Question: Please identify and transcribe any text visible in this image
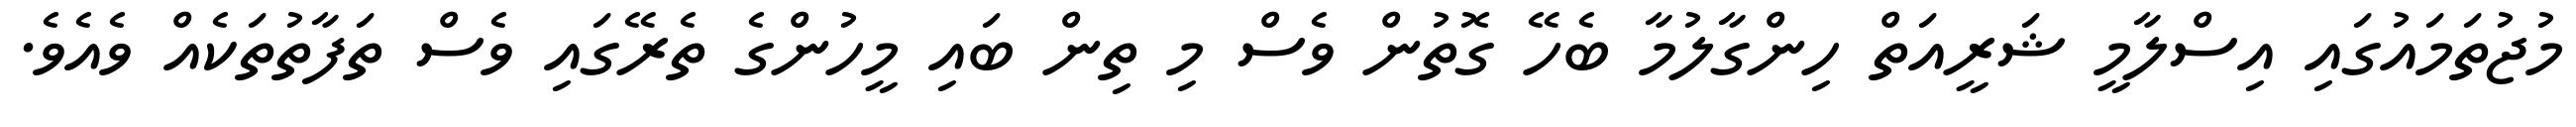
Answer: މުޖުތަމައުގައި އިސްލާމީ ޝަރީއަތް ހިންގާލުމާ ބެހޭ ގޮތުން ވެސް މި ތިން ބައި މީހުންގެ ތެރޭގައި ވެސް ތަފާތުތަކެއް ވެއެވެ.